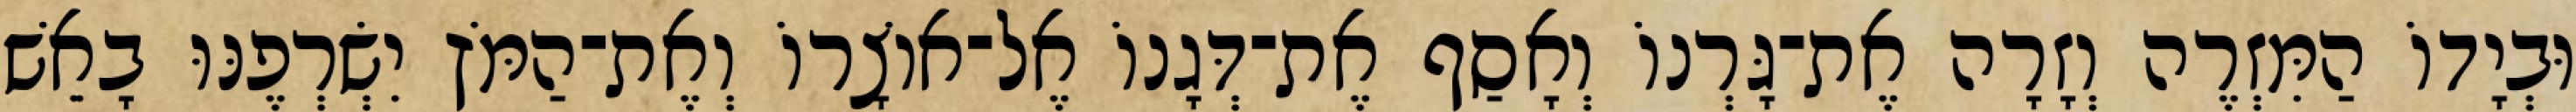
וּבְיָדוֹ הַמִּזְרֶה וְזָרָה אֶת־גָּרְנוֹ וְאָסַף אֶת־דְּגָנוֹ אֶל־אוֹצָרוֹ וְאֶת־הַמֹּץ יִשְׂרְפֶנּוּ בָאֵשׁ